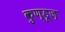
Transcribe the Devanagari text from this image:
कुण्डूज़